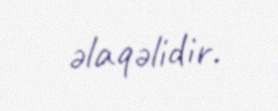
əlaqəlidir.